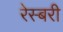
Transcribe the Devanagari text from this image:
रेस्बरी